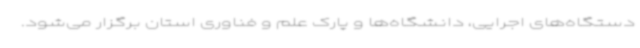
دستگاه‌های اجرایی، دانشگاه‌ها و پارک علم و فناوری استان برگزار می‌شود.